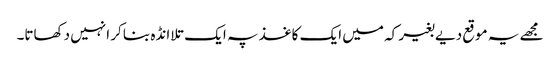
مجھے یہ موقع دیے بغیر کہ میں ایک کاغذ پہ ایک تلا انڈہ بنا کر انہیں دکھاتا۔